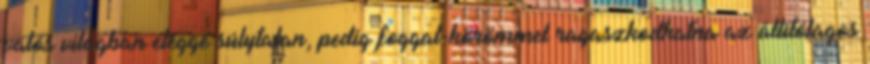
valós világban eléggé súlytalan, pedig foggal-körömmel ragaszkodhatna az állítólagos